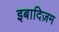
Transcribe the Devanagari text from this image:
इबादिज़म